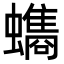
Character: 𮕐